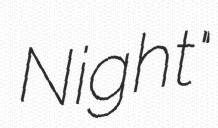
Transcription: Night"